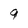
Character: 9